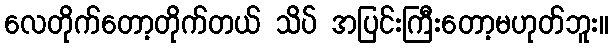
လေတိုက်တော့တိုက်တယ် သိပ် အပြင်းကြီးတော့မဟုတ်ဘူး။